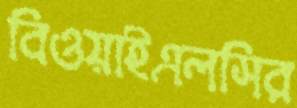
বিওয়াইএলসির